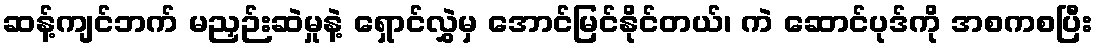
ဆန့်ကျင်ဘက် မညှဉ်းဆဲမှုနဲ့ ရှောင်လွှဲမှ အောင်မြင်နိုင်တယ်၊ ကဲ ဆောင်ပုဒ်ကို အစကစပြီး